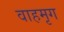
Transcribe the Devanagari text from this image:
वाहमृग